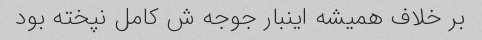
بر خلاف همیشه اینبار جوجه ش کامل نپخته بود